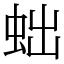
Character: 䖦